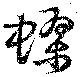
蟉